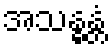
အသန္ဓန္တံ